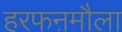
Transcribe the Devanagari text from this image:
हरफऩमौला